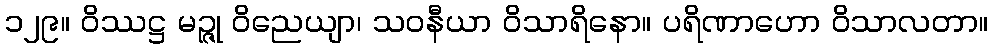
၁၂၉။ ဝိဿဋ္ဌ မဉ္ဇု ဝိညေယျာ၊ သဝနီယာ ဝိသာရိနော။ ပရိဏာဟော ဝိသာလတာ။